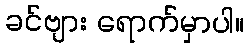
ခင်ဗျား ရောက်မှာပါ။